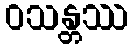
ဝသန္တဿ